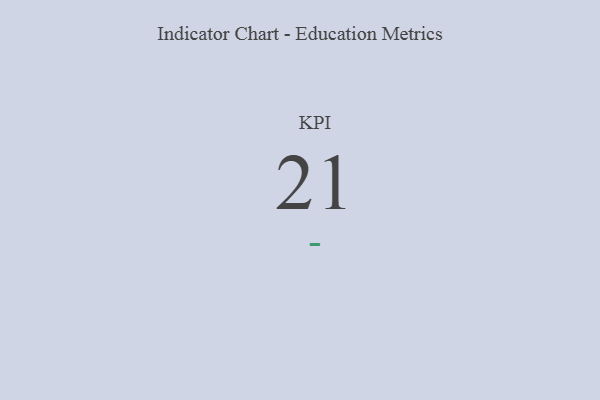
{"axis": {"x": "KPI", "y": "Value"}, "legend": [""], "data": [{"x": "KPI", "y": 21, "type": ""}]}